Report of the Bombay Veterinary College
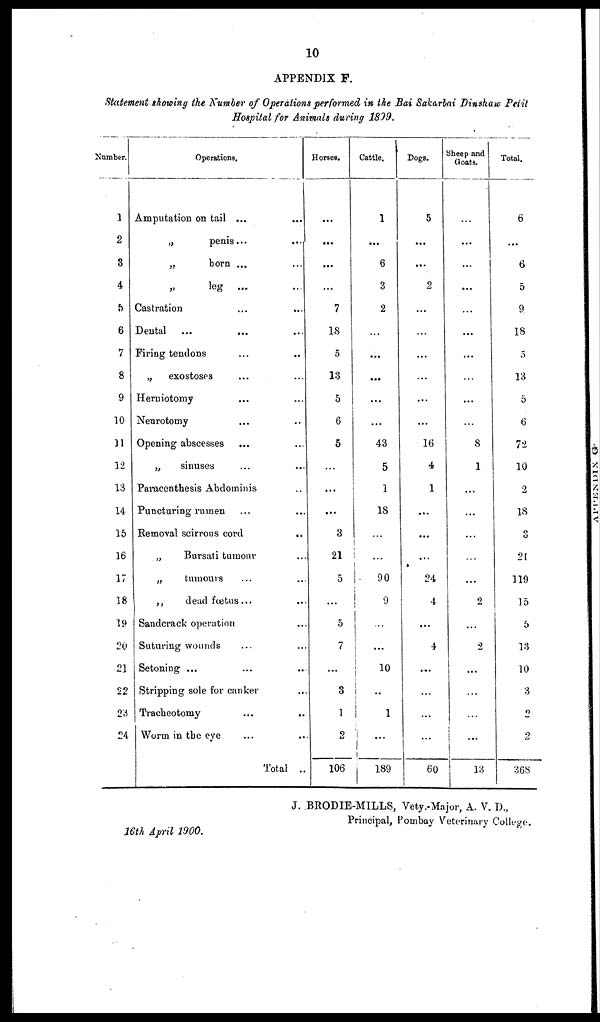
10
APPENDIX F.
Statement showing the Number of Operations performed in the Bai Sakarbai Dinshaw Petit
Hospital for Animals during 1899.
Number.
1
2
3
4
5
6
7
8
9
10
11
12
13
14
15
16
17
18
19
20
21
22
23
24
Operations.
Amputation on tail ...
„
penis...
...
„
horn ...
„
leg ...
Castration
Dental
Firing tendons
„
exostoses
Herniotomy
Neurotomy
Opening abscesses
„
sinuses
Paracenthesis Abdominis
Puncturing rumen
Removal scirrous cord
..
„
Bursati tumour
„
tumours
„
dead fœtus...
Sandcrack operation
Suturing wounds
Setoning ...
Stripping sole for canker
Tracheotomy
...
..
Worm in the eye
Total ..
Horses.
...
...
...
...
7
18
5
13
5
6
5
...
...
...
3
21
5
...
5
7
...
3
1
2
106
Cattle.
1
...
6
3
2
...
...
...
...
...
43
5
1
18
...
...
90
9
...
...
10
...
1
...
189
Dogs.
5
...
....
2
...
...
...
...
...
...
16
4
1
...
...
...
24
4
...
4
...
...
...
...
60
Sheep and
Goats.
...
...
...
...
...
...
...
...
...
...
8
1
...
...
...
...
...
2
...
2
...
...
...
...
13
Total.
6
...
6
5
9
18
5
13
5
6
72
10
2
18
3
21
119
15
5
13
10
3
2
2
368
J. BRODIE-MILLS, Vety.-Major, A. V. D.,
Principal, Bombay Veterinary College.
16th April 1900.